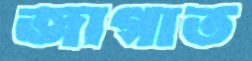
জাগাত